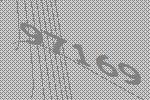
97169